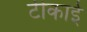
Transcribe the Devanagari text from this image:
टीकाई